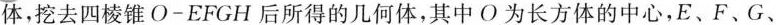
体，挖去四棱锥O-EFGH后所得的几何体，其中O为长方体的中心，E、F、G、